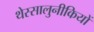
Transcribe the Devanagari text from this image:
थेस्सालुनीकियों